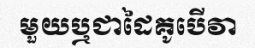
មួយឬជាដៃគូបើវា